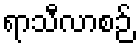
ရာသီလာစဉ်